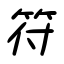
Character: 符